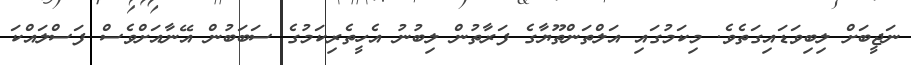
ނަޖީބަށް ލިބިވަޑައިގަތެވެ. މިކަމުގައި އަލްތަންތޫޔާގެ ފަރާތުން ލިބުނު އެހީތެރިކަމުގެ ސަބަބުން އޭނާއަށްވެސް ފަސްލައްކަ